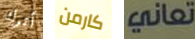
أترك كارمن تعاني